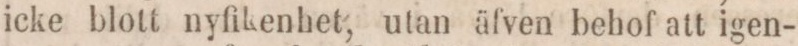
icke blott nyfikenhet, utan äfven behof att igen-